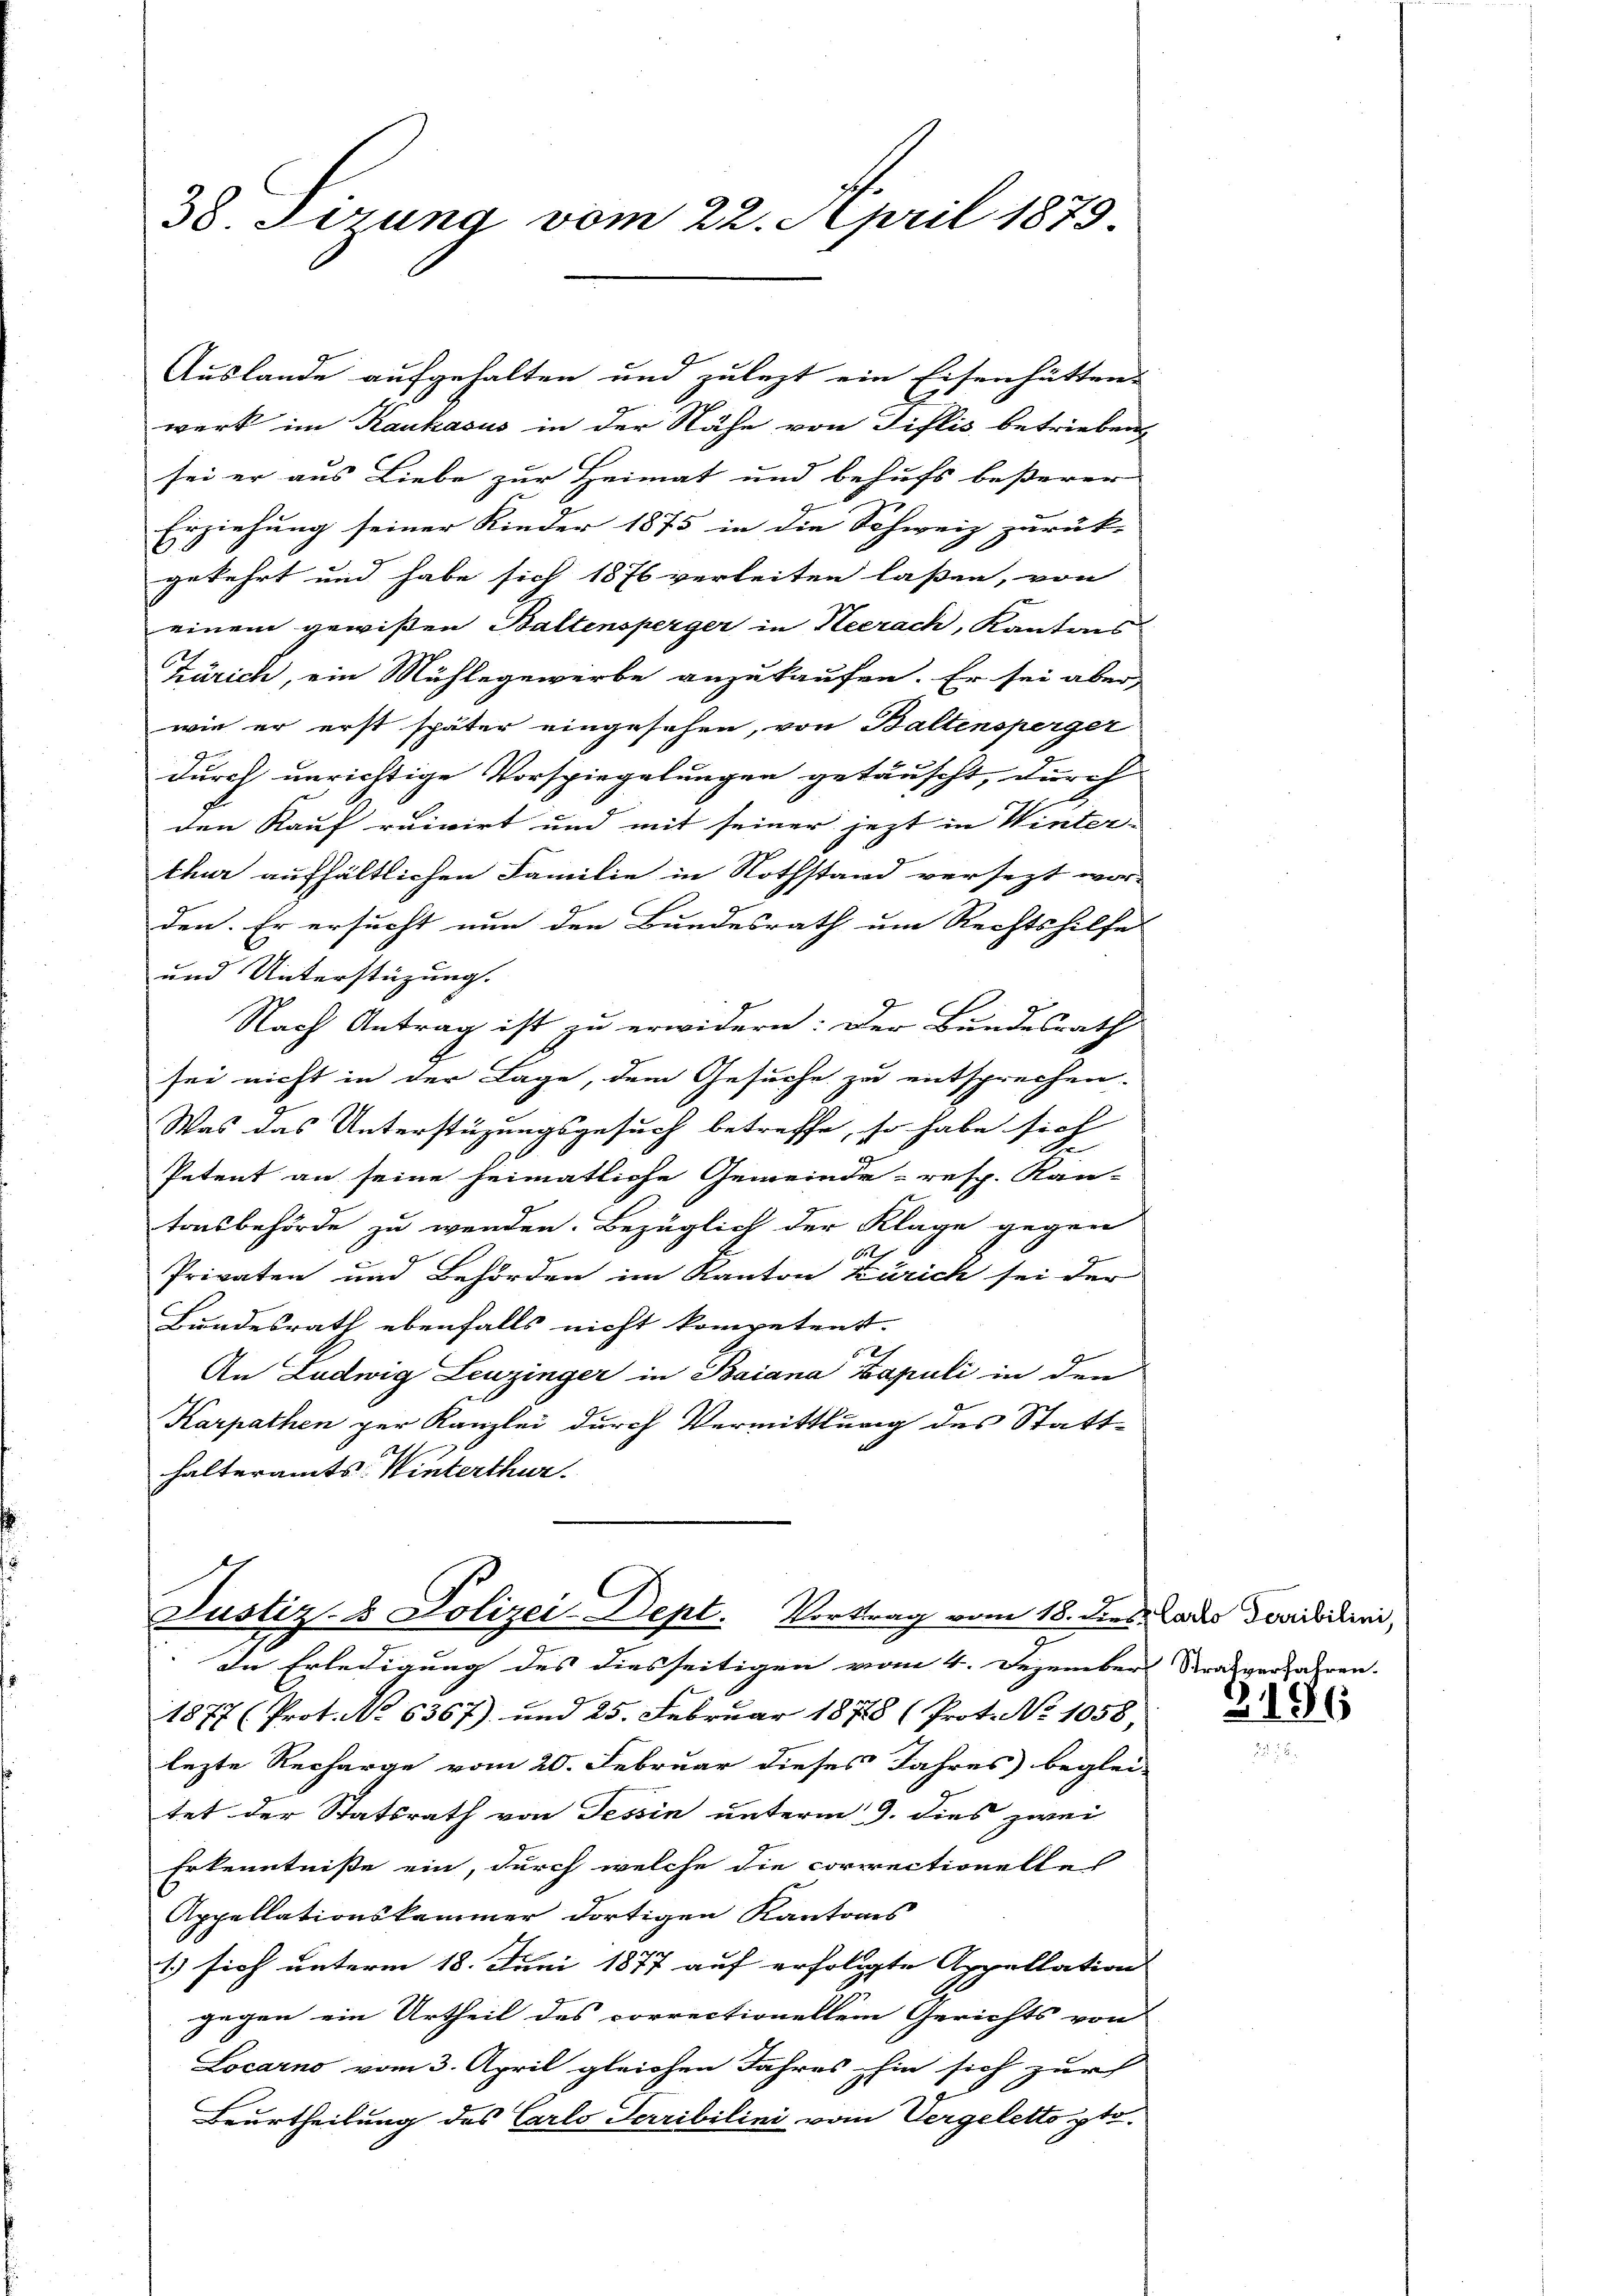
38. Ferung vom 22. April 1879.

Auslande aufgehalten und zulezt ein Eisenhütten-
werk im Kaukasus in der Nähe von Tillis betrieben
sei er aus Liebe zur Heimat und behufs beßerer
Erziehung seiner Kinder 1875 in die Schweiz zurück-
gekehrt und habe sich 1876 verleiten laßen, von
c
einem gewißen Baltensperger in Heerach, Kantons
Zürich, ein Mühlegewerbe anzukaufen. Er sei aber,
wie er erst später eingesehen, von Baltensperger
durch unrichtige Vorspiegelungen getäuscht, durch
den Kauf ruivirt und mit seiner jetzt in Winter-
thur aufhältlichen Familie in Nothstand versezt wor-
den. Er ersucht nun den Bundesrath um Rechtshilfe
und Unterstüzung.
Nach Antrag ist zu erwidern: Der Bundesrath
sei nicht in der Lage, dem Gesuche zu entsprechen.
Was das Unterstüzungsgesuch betreffe, so habe sich
E
Petent an seine heimatliche Gemeinde- resp. Kan-
tonsbehörde zu wenden. Bezüglich der Klage gegen
6
Privaten und Behörden im Kanton Zürich sei der
Bundesrath ebenfalls nicht kompetent.
An Ludwig Leuzinger in Baiana Lapuli in den
Karpathen per Kanzlei durch Vermittlung des Statthalteramts-Winterthur.

Justiz- & Polizei-Dept. Vortrag vom 18. dies Lades Dorisieri,

In Erledigung des diesseitigen vom 4. Dezember Strafverfahren.
1877 (Prot. No 6367) und 25. Februar 1878 (Prot. No 1058.
lezte Recharge vom 20. Februar dieses Jahres beglei-
tet der Statsrath von Tessin unterm 9. dies zwei
Erkenntnisse ein, durch welche die correctionelles
Appellationskammer dortigen Kantons
1 sich unterm 18. Juni 1877 auf erfolgte Appellation |
gegen ein Urtheil des correctionellem Gerichts von
Locarno vom 3. April gleichen Jahres hin sich zur
Beurtheilung des Carlo Terribilini vom Vergeletto pto¬

3196